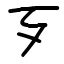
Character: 歹